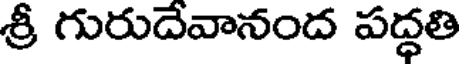
శ్రీ గురుదేవానంద పద్ధతి